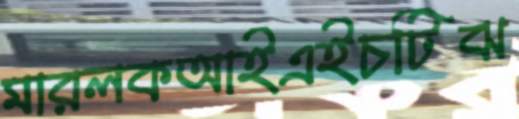
মারলকআইএইচটিঝ